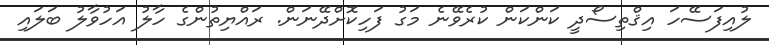
ލުއިފަސޭހަ އިޤްތިސޯދީ ކަންކަން ކުރެވޭނެ މަގު ފަހިކޮށްދޭނަން. ރައްޔިތުންގެ ހާލު އަހުވާލު ބަލައި